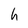
Character: h